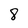
Character: 8